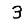
Digit: 3